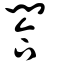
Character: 閤